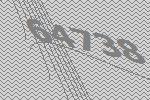
64738